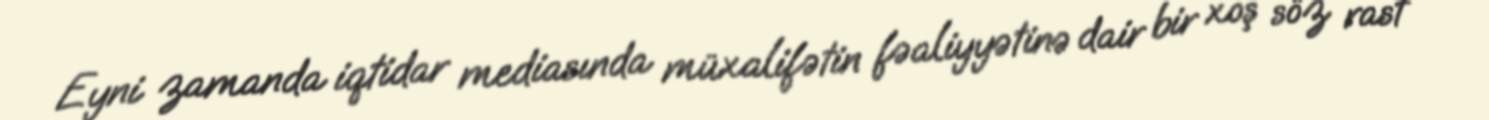
Eyni zamanda iqtidar mediasında müxalifətin fəaliyyətinə dair bir xoş söz rast